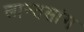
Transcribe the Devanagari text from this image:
लान्तसांग